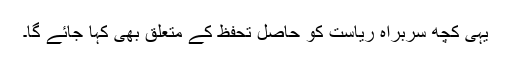
یہی کچھ سربراہِ ریاست کو حاصل تحفظ کے متعلق بھی کہا جائے گا۔